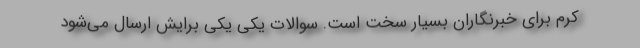
کرم برای خبرنگاران بسیار سخت است. سوالات یکی یکی برایش ارسال می‌شود